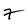
Character: 7